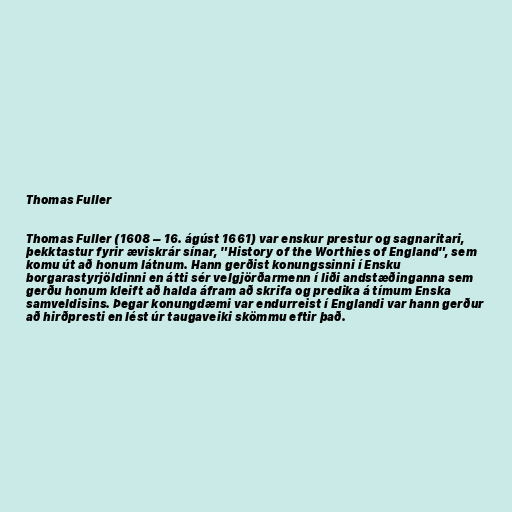
Thomas Fuller

Thomas Fuller (1608 – 16. ágúst 1661) var enskur prestur og sagnaritari,
þekktastur fyrir æviskrár sínar, "History of the Worthies of England", sem
komu út að honum látnum. Hann gerðist konungssinni í Ensku
borgarastyrjöldinni en átti sér velgjörðarmenn í liði andstæðinganna sem
gerðu honum kleift að halda áfram að skrifa og predika á tímum Enska
samveldisins. Þegar konungdæmi var endurreist í Englandi var hann gerður
að hirðpresti en lést úr taugaveiki skömmu eftir það.